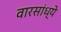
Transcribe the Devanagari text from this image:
वारसांध्ये